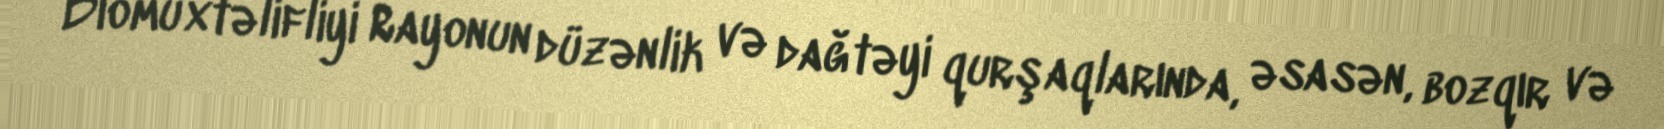
Biomüxtəlifliyi Rayonun düzənlik və dağtəyi qurşaqlarında, əsasən, bozqır və